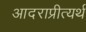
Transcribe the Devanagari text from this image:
आदराप्रीत्यर्थ